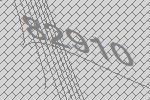
82910